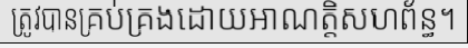
ត្រូវបានគ្រប់គ្រងដោយអាណត្តិសហព័ន្ធ។